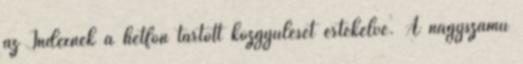
az Indexnek a hétfőn tartott közgyűlését értékelve. A nagyszámú